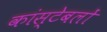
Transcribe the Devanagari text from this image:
कांस्‍टेबलों